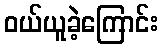
ဝယ်ယူခဲ့ကြောင်း